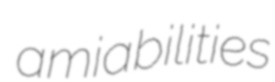
amiabilities